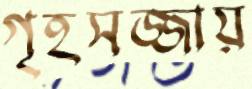
গৃহসজ্জায়